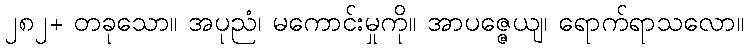
၂၈၂+ တခုသော။ အပုညံ၊ မကောင်းမှုကို။ အာပဇ္ဇေယျ၊ ရောက်ရာသလော။